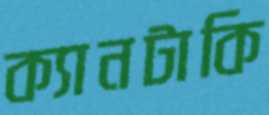
ক্যানটাকি